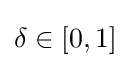
\delta \in \left[0,1\right]